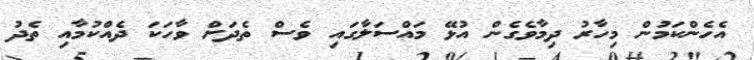
އެހެންކަމުން މިހާރު ދިމާވެގެން އުޅޭ މައްސަލާގައި ވެސް ތެދަށް ވާހަކަ ދެއްކުމާއި ތެދު